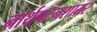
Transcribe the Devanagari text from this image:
नार्थपटनशायर